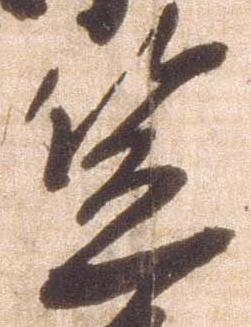
笠